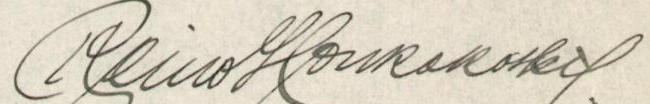
Reino Honkakoski